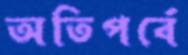
অতিপর্বে